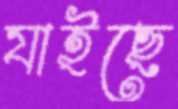
যাইছে